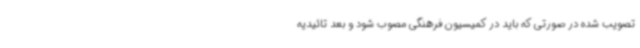
تصویب شده در صورتی که باید در کمیسیون فرهنگی مصوب شود و بعد تائیدیه